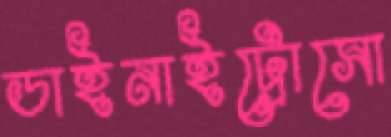
ডাইনাইট্রোসো